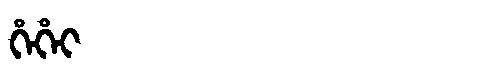
Manchu: ᡥᡝᡥᡝᡳ
Romanization: HEHEI